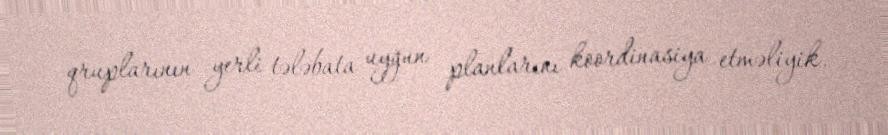
qruplarının yerli tələbata uyğun planlarını koordinasiya etməliyik.